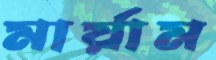
মার্য়াম